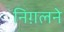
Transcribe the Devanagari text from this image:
निग़लने